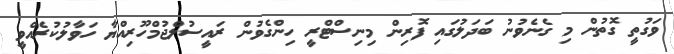
ވަގުތީ ގޮތުން މި ގެނެވުނު ބަދަލުގައި ފޮރިން މިނިސްޓްރީ ހިންގެވުން ރައީސުލްޖުމްހޫރިއްޔާ ހަވާލުކުރެއްވީ